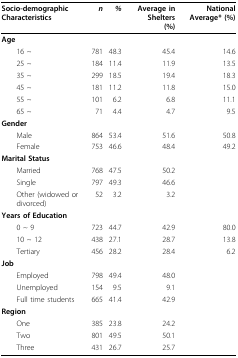
| Socio-demographic Characteristics | n | % | Average in Shelters(%) | National Average*(%) |
 | --- | --- | --- | --- | --- |
 | Age |  |  |  |  |
 | 16 ~ | 781 | 48.3 | 45.4 | 14.6 |
 | 25 ~ | 184 | 11.4 | 11.9 | 13.5 |
 | 35 ~ | 299 | 18.5 | 19.4 | 18.3 |
 | 45 ~ | 181 | 11.2 | 11.8 | 15.0 |
 | 55 ~ | 101 | 6.2 | 6.8 | 11.1 |
 | 65 ~ | 71 | 4.4 | 4.7 | 9.5 |
 | Gender |  |  |  |  |
 | Male | 864 | 53.4 | 51.6 | 50.8 |
 | Female | 753 | 46.6 | 48.4 | 49.2 |
 | Marital Status |  |  |  |  |
 | Married | 768 | 47.5 | 50.2 |  |
 | Single | 797 | 49.3 | 46.6 |  |
 | Other (widowed or divorced) | 52 | 3.2 | 3.2 |  |
 | Years of Education |  |  |  |  |
 | 0 ~ 9 | 723 | 44.7 | 42.9 | 80.0 |
 | 10 ~ 12 | 438 | 27.1 | 28.7 | 13.8 |
 | Tertiary | 456 | 28.2 | 28.4 | 6.2 |
 | Job |  |  |  |  |
 | Employed | 798 | 49.4 | 48.0 |  |
 | Unemployed | 154 | 9.5 | 9.1 |  |
 | Full time students | 665 | 41.4 | 42.9 |  |
 | Region |  |  |  |  |
 | One | 385 | 23.8 | 24.2 |  |
 | Two | 801 | 49.5 | 50.1 |  |
 | Three | 431 | 26.7 | 25.7 |  |